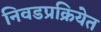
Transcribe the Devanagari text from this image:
निवडप्रक्रियेत